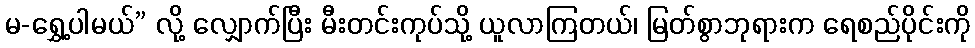
မ-ရွှေ့ပါမယ်” လို့ လျှောက်ပြီး မီးတင်းကုပ်သို့ ယူလာကြတယ်၊ မြတ်စွာဘုရားက ရေစည်ပိုင်းကို